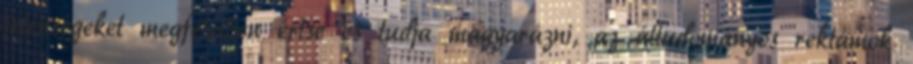
jelenségeket megfelelően értse és tudja magyarázni, az áltudományos reklámok